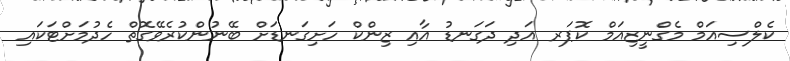
ކެލްސިއަމް މެގްނީޒިއަމް ކޮޕަރ އަދި ދަގަނޑު އާއި ޒިންކް ހަށިގަނޑަށް ބޭނުންކުރެވޭގޮތް ހެދުމަށްޓަކައި